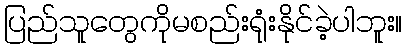
ပြည်သူတွေကိုမစည်းရုံးနိုင်ခဲ့ပါဘူး။